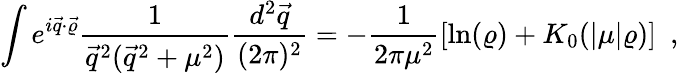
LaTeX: \int e^{i\vec{q}\cdot\vec{\varrho}}\frac{1}{\vec{q}^{2}(\vec{q}^{2}+\mu^{2})}\frac{d^{2}\vec{q}}{(2\pi)^{2}}=-\frac{1}{2\pi\mu^{2}}\left[\ln(\varrho)+K_{0}(|\mu|\varrho)\right]~~,